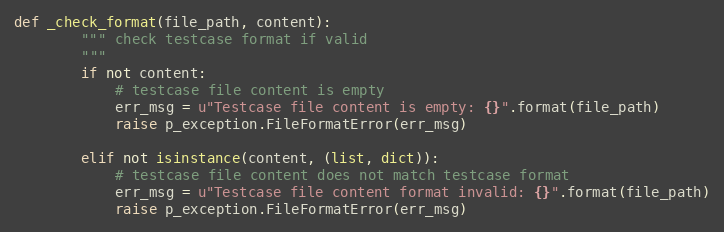
Language: Python
def _check_format(file_path, content):
        """ check testcase format if valid
        """
        if not content:
            # testcase file content is empty
            err_msg = u"Testcase file content is empty: {}".format(file_path)
            raise p_exception.FileFormatError(err_msg)

        elif not isinstance(content, (list, dict)):
            # testcase file content does not match testcase format
            err_msg = u"Testcase file content format invalid: {}".format(file_path)
            raise p_exception.FileFormatError(err_msg)